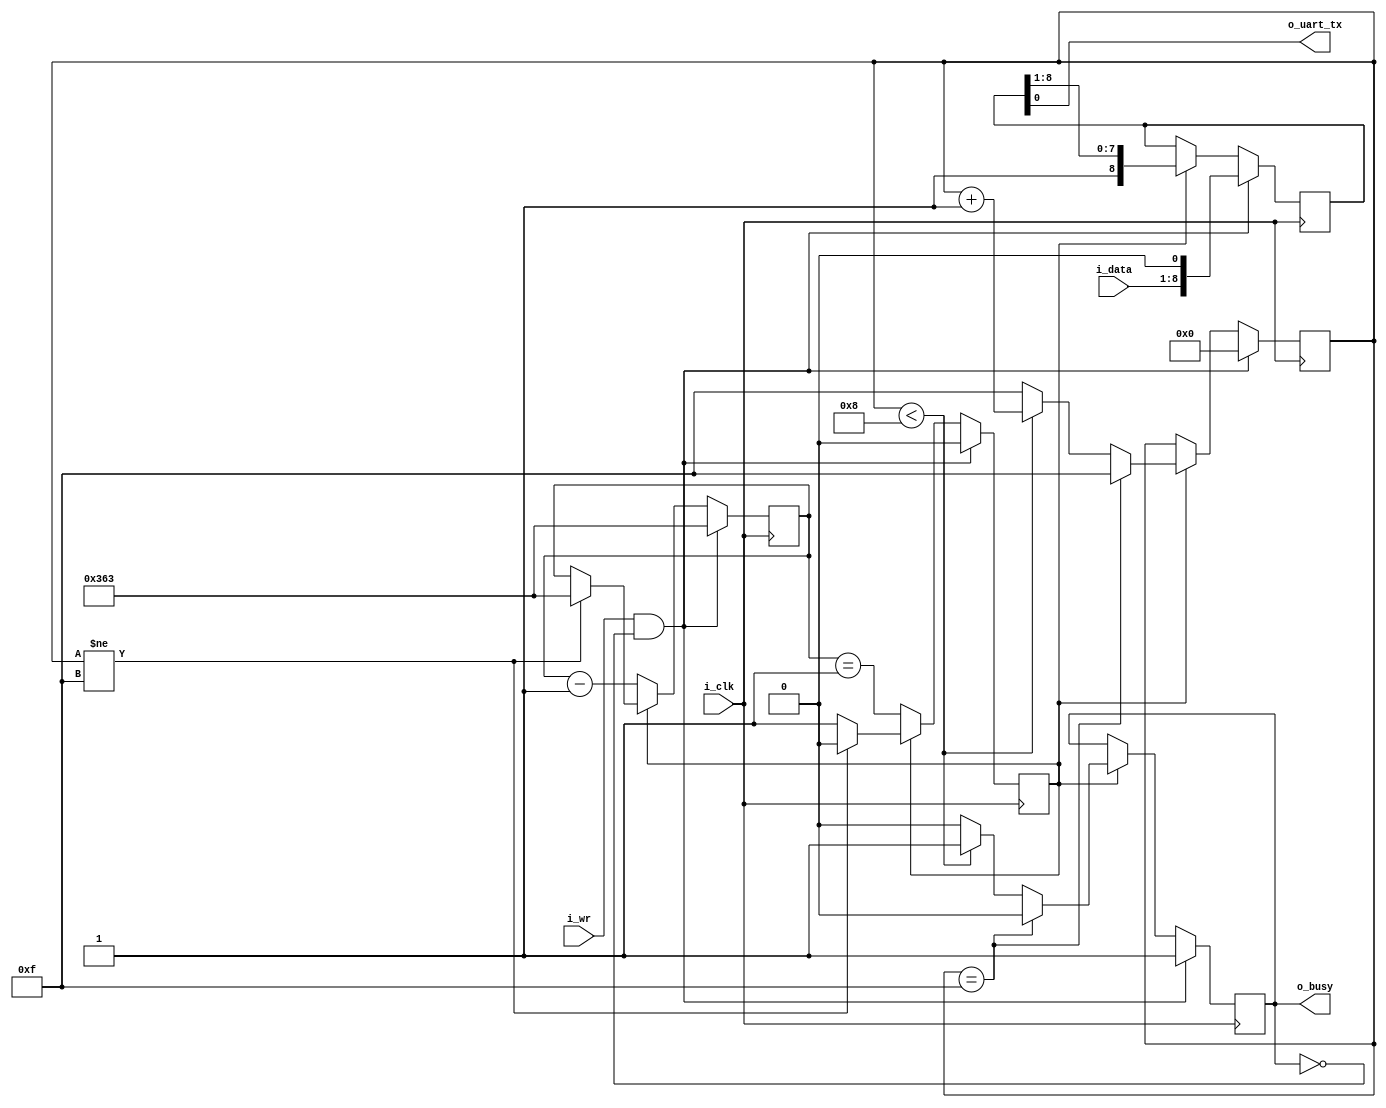
module tx(i_clk, i_wr, i_data, o_busy, o_uart_tx);

parameter BW = 8; // 8 bits per word
parameter [23:0] CLOCKS_PER_BAUD = 24'd868;
localparam [3:0] START	= 4'h0,
		BIT_ZERO	= 4'h1,
		BIT_ONE		= 4'h2,
		BIT_TWO		= 4'h3,
		BIT_THREE	= 4'h4,
		BIT_FOUR	= 4'h5,
		BIT_FIVE	= 4'h6,
		BIT_SIX		= 4'h7,
		BIT_SEVEN	= 4'h8,
		LAST		= 4'h8,
		IDLE		= 4'hf;

//following 8N1 format
input wire i_clk;
input wire i_wr;
input wire [BW-1:0] i_data;

output reg o_busy;
output reg o_uart_tx;

reg [3:0] state;
reg [23:0] baud_counter;
reg [BW:0] local_data;
reg baud_stb;

// initial {o_busy,state} = {0,IDLE};
initial state = IDLE;
initial o_busy = 0;
always @(posedge i_clk) begin
   if ((i_wr)&&(!o_busy)) 
   begin
		// Immediately start us off with a start bit
        o_busy <= 1'b1;
        state <= START;
    end
	else if (baud_stb)
	begin
		if (state == IDLE)  
        begin// Stay in IDLE 
            o_busy <= 1'b0;
            state <= IDLE;
        end
		else if (state < LAST) 
        begin
			o_busy <= 1'b1;
			state <= state + 1'b1;
        end 
        else 
        begin// Wait for IDLE
			o_busy <= 1'b0;
            state <= IDLE;
        end
    end
end

initial local_data = 9'h1ff;
always @(posedge i_clk) begin
    if((i_wr) && (!o_busy))
        local_data <= {i_data, 1'b0};
    else if (baud_stb)
        local_data <= {1'b1, local_data[8:1]};
end

assign o_uart_tx = local_data[0];

initial baud_stb = 1'b1;
initial baud_counter = 0;
always @(posedge i_clk) begin
    if((i_wr) && (!o_busy))
    begin
        baud_counter <= CLOCKS_PER_BAUD - 1'b1;
        baud_stb <= 1'b0;
    end
    else if(!baud_stb)
    begin
        baud_stb <= (baud_counter == 24'h01);
        baud_counter <= baud_counter - 1'b1;
    end
    else if(state != IDLE)
    begin
        baud_counter <= CLOCKS_PER_BAUD - 24'h01;
        baud_stb <= 1'b0;
    end
end

endmodule